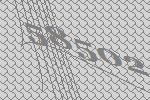
58502